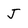
Character: j